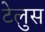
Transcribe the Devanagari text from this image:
टेलुस